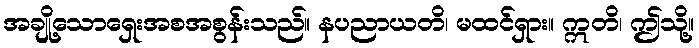
အချို့သောရှေးအစအစွန်းသည်။ နပညာယတိ၊ မထင်ရှား။ ဣတိ၊ ဤသို့။